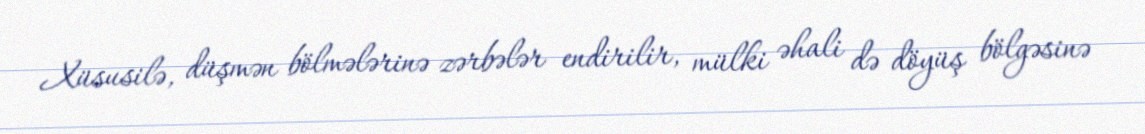
Xüsusilə, düşmən bölmələrinə zərbələr endirilir, mülki əhali də döyüş bölgəsinə